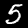
Digit: 5